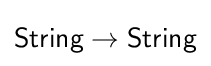
{\mathsf {String}}\to {\mathsf {String}}